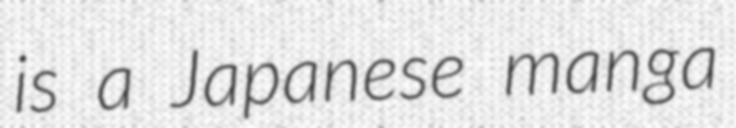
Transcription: is a Japanese manga